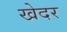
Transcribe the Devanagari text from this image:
खेदर